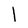
Character: l